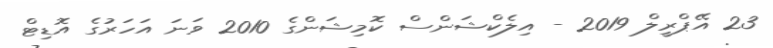
23 އޭޕްރީލް 2019 - އިލެކްޝަންސް ކޮމިޝަންގެ 2010 ވަނަ އަހަރުގެ އޮޑިޓް